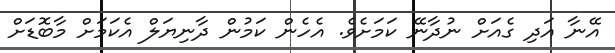
އޭނާ އަދި ގެއަށް ނުދާނޭ ކަމަށެވެ. އެހެން ކަމުން ދާނިޔަލް އެކަމަށް މާބޮޑަށް